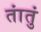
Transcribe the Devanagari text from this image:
तांतुं